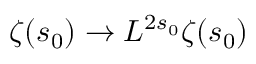
\zeta ( s _ { 0 } ) \rightarrow L ^ { 2 s _ { 0 } } \zeta ( s _ { 0 } )